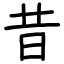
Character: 昔